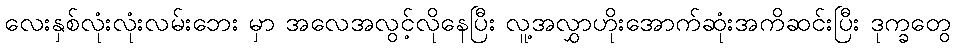
လေးနှစ်လုံးလုံးလမ်းဘေး မှာ အလေအလွင့်လိုနေပြီး လူ့အလွှာဟိုးအောက်ဆုံးအကိဆင်းပြီး ဒုက္ခတွေ